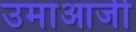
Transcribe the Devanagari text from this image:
उमाआजी